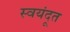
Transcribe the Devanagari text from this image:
स्वयंदूत